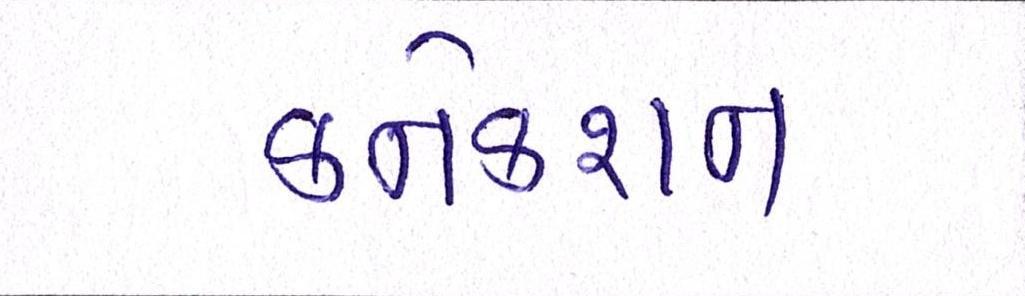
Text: કનેકશન